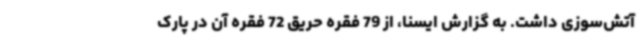
آتش‌سوزی داشت. به گزارش ایسنا، از 79 فقره حریق 72 فقره آن در پارک